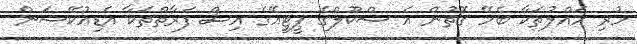
ހުރި ހައްލުތަކާ ބެހޭ ގޮތުން އެ ސްކޫލްގެ ޕީޓީއޭގެ އިސް ފަރާތްތަކާ އެޑިއުކޭޝަން